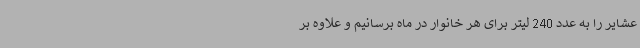
عشایر را به عدد 240 لیتر برای هر خانوار در ماه برسانیم و علاوه بر